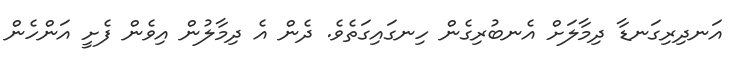
އަނދިރިގަނޑާ ދިމާލަށް އެނބުރިގެން ހިނގައިގަތެވެ. ދެން އެ ދިމާލުން އިވެން ފެށީ އަންހެން